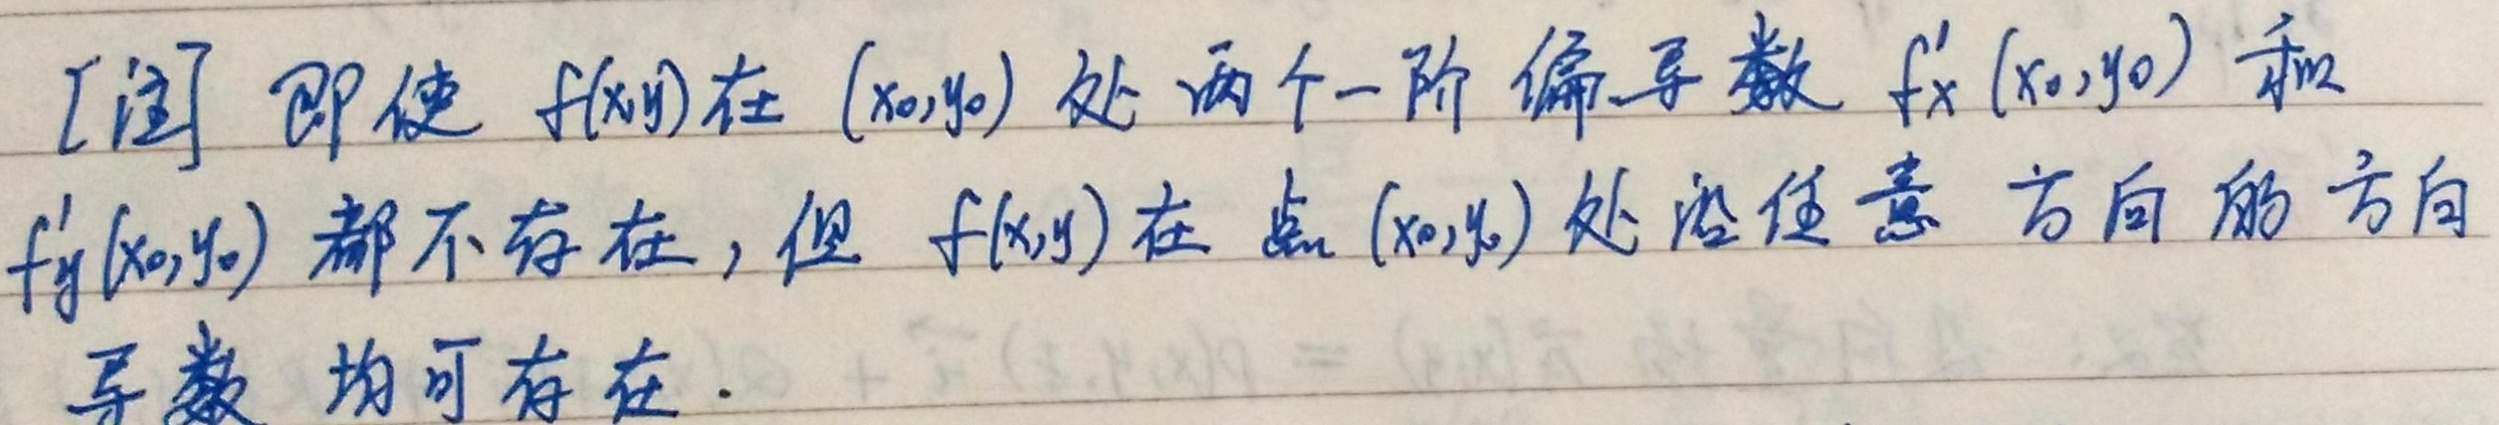
[注] 即使\(f(x,y)\)在\((x_0,y_0)\)处两个一阶偏导数\(f_x'(x_0,y_0)\)和\(f_y'(x_0,y_0)\)都不存在，但\(f(x,y)\)在点\((x_0,y_0)\)处沿任意方向的方向导数均可存在。